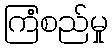
ကြံစည်မှု